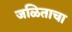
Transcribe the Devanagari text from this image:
जळिताचा